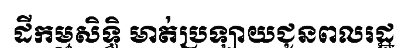
ដីកម្មសិទ្ធិ មាត់ប្រឡាយជូនពលរដ្ឋ